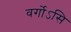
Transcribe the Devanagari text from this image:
वर्गोऽसि